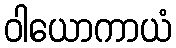
ဝါယောကာယံ